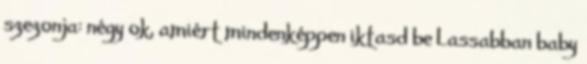
szezonja: négy ok, amiért mindenképpen iktasd be Lassabban baby